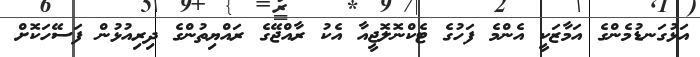
އަޅުގަނޑުމެންގެ އަމާޒަކީ އެންމެ ފަހުގެ ޓެކްނޮލޮޖީއާ އެކު ރާއްޖޭގެ ރައްޔިތުންގެ ދިރިއުޅުން ފަސޭހަކޮށް